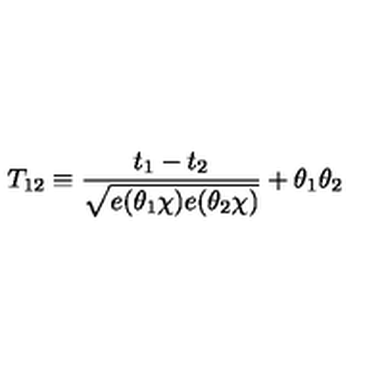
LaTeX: T _ { 1 2 } \equiv \frac { t _ { 1 } - t _ { 2 } } { \sqrt { e ( \theta _ { 1 } \chi ) e ( \theta _ { 2 } \chi ) } } + \theta _ { 1 } \theta _ { 2 }